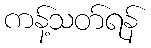
ကန့်သတ်ရန်